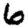
Digit: 6